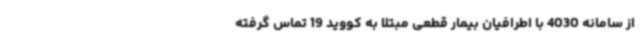
از سامانه 4030 با اطرافیان بیمار قطعی مبتلا به کووید 19 تماس گرفته